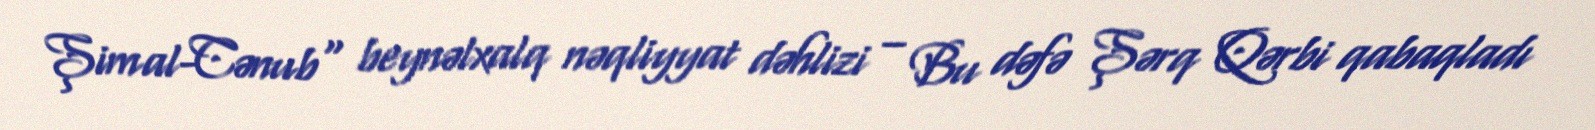
Şimal-Cənub" beynəlxalq nəqliyyat dəhlizi – Bu dəfə Şərq Qərbi qabaqladı